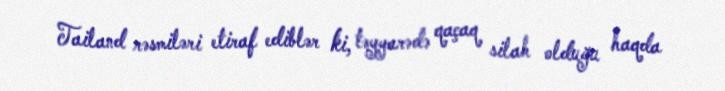
Tailand rəsmiləri etiraf ediblər ki, təyyarədə qaçaq silah olduğu haqda